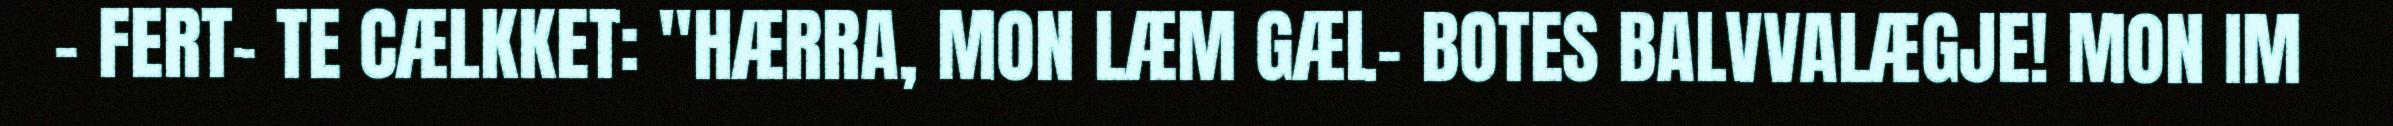
– FERT- TE CÆLKKET: "HÆRRA, MON LÆM GÆL- BOTES BALVVALÆGJE! MON IM